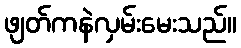
ဖျတ်ကနဲလှမ်းမေးသည်။